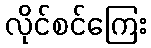
လိုင်စင်ကြေး